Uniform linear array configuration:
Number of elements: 24
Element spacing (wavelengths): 0.25
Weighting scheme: hann
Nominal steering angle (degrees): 30
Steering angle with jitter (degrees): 31.253
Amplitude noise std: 0.05
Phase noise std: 0.05

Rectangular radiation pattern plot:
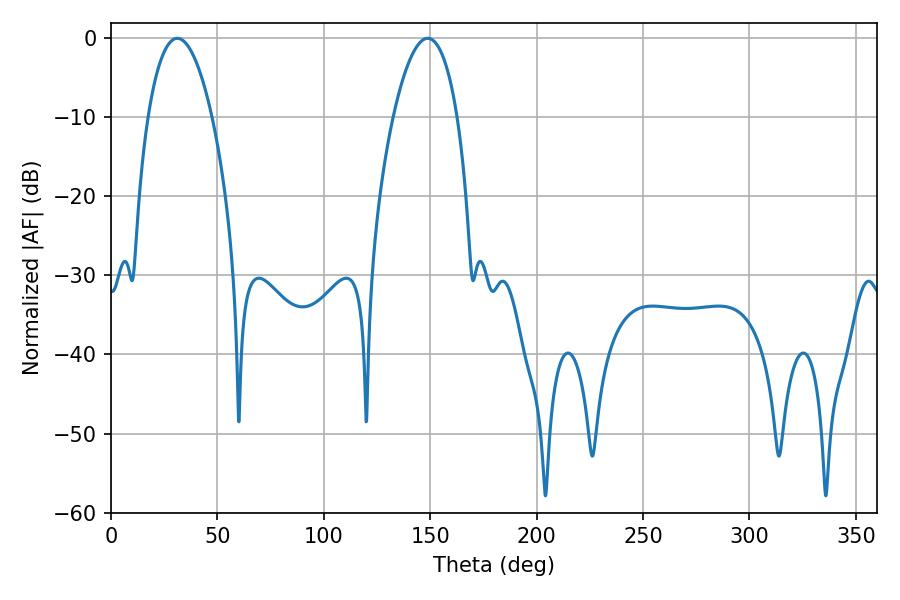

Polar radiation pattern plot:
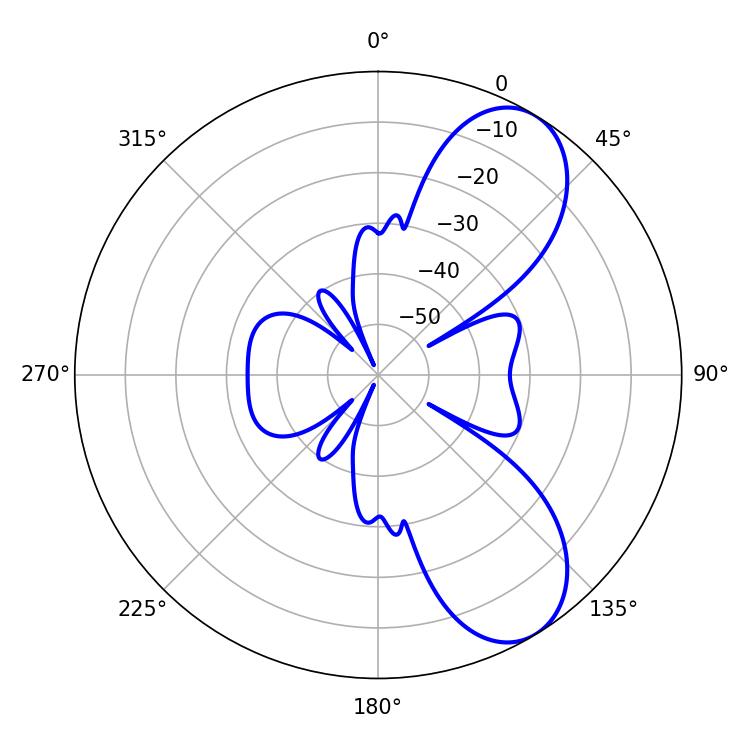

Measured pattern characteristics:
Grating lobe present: FALSE
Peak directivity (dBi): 7.874
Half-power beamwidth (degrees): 16.74
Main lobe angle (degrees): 31.14